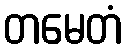
တမေတံ